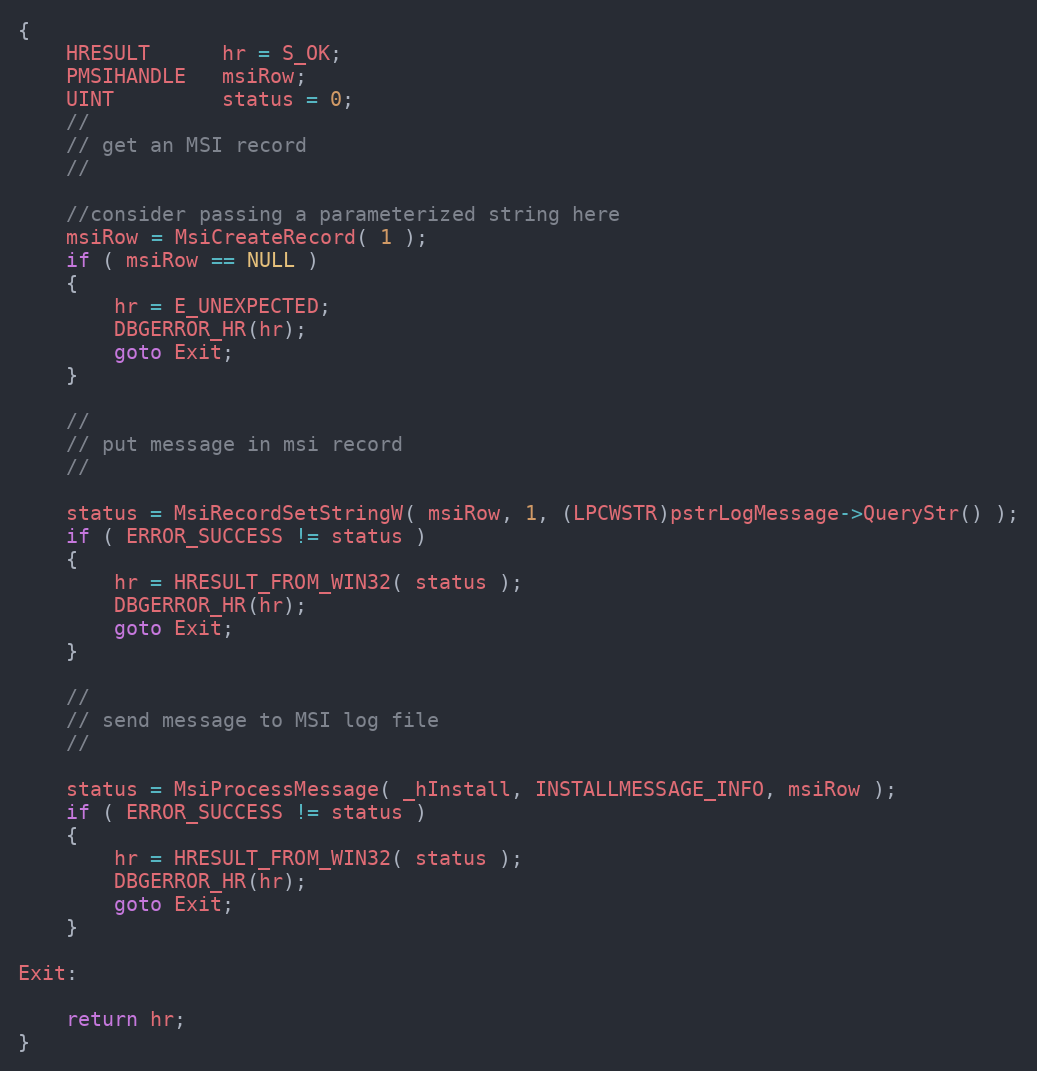
Language: C++
{
    HRESULT      hr = S_OK;
    PMSIHANDLE   msiRow;
    UINT         status = 0;
    //
    // get an MSI record
    //

    //consider passing a parameterized string here
    msiRow = MsiCreateRecord( 1 );
    if ( msiRow == NULL )
    {
        hr = E_UNEXPECTED;
        DBGERROR_HR(hr);
        goto Exit;
    }

    //
    // put message in msi record
    //

    status = MsiRecordSetStringW( msiRow, 1, (LPCWSTR)pstrLogMessage->QueryStr() );
    if ( ERROR_SUCCESS != status )
    {
        hr = HRESULT_FROM_WIN32( status );
        DBGERROR_HR(hr);
        goto Exit;
    }

    //
    // send message to MSI log file
    //

    status = MsiProcessMessage( _hInstall, INSTALLMESSAGE_INFO, msiRow );
    if ( ERROR_SUCCESS != status )
    {
        hr = HRESULT_FROM_WIN32( status );
        DBGERROR_HR(hr);
        goto Exit;
    }

Exit:

    return hr;
}